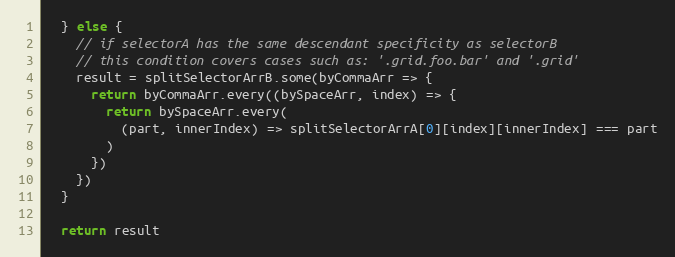
Language: JavaScript
  } else {
    // if selectorA has the same descendant specificity as selectorB
    // this condition covers cases such as: '.grid.foo.bar' and '.grid'
    result = splitSelectorArrB.some(byCommaArr => {
      return byCommaArr.every((bySpaceArr, index) => {
        return bySpaceArr.every(
          (part, innerIndex) => splitSelectorArrA[0][index][innerIndex] === part
        )
      })
    })
  }

  return result